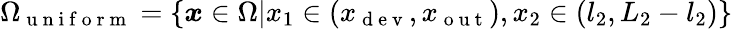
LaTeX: \Omega_{\mathrm{~u~n~i~f~o~r~m~}}=\{ \boldsymbol{x}\in\Omega|x_{1}\in(x_{\mathrm{~d~e~v~}},x_{\mathrm{~o~u~t~}}),x_{2}\in(l_{2},L_{2}-l_{2})\}